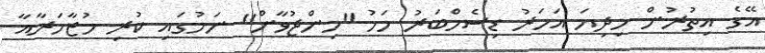
އޭގެ އިތުރުން މިދިޔަ އަހަރު ޑިސެމްބަރު މަހު "މިންޖުވާން" ނަމުގައި ކުރި މުޒާހަރާއާ